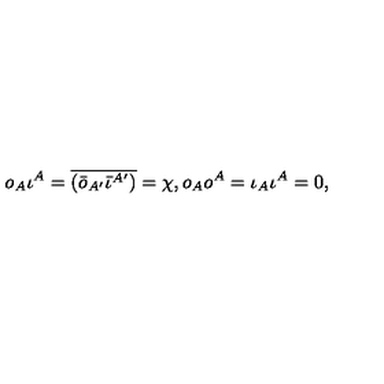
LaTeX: o _ { A } \iota ^ { A } = \overline { { ( \bar { o } _ { A ^ { \prime } } \bar { \iota } ^ { A ^ { \prime } } ) } } = \chi , o _ { A } o ^ { A } = \iota _ { A } \iota ^ { A } = 0 ,